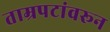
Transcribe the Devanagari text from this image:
ताम्रपटांवरून